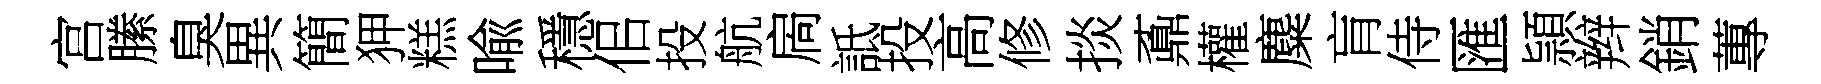
宫縢臭異簡狎糕喩穩佀投航扄詆投高修掞鼒權麋肓侍匯頴辫銷蓴